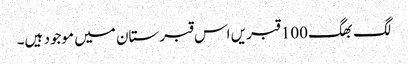
لگ بھگ 100 قبریں اس قبرستان میں موجود ہیں۔